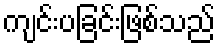
ကျင်းပခြင်းဖြစ်သည်